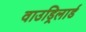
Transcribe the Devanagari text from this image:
वाउड्रिलार्ड